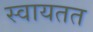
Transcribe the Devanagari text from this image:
स्वायतत